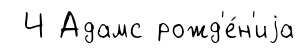
Ч Адамс рожд'е́н'иjа